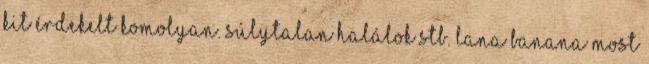
kit érdekelt komolyan. Súlytalan halálok stb. Lana Banana most